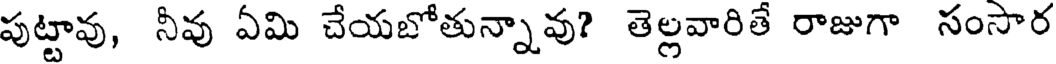
పుట్టావు, నీవు ఏమి చేయబోతున్నావు? తెల్లవారితే రాజుగా సంసార